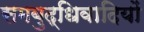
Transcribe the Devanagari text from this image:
समबुद्धिवादियों